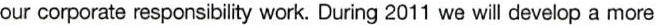
our corporate responsibility work. During 2011 we will develop a more